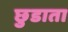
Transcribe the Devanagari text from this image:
छुडाता